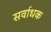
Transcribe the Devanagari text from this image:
सर्वाधक